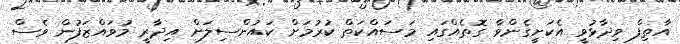
އާތިފް ވިދާޅުވީ އެކަށީގެންވާ ގޮތެއްގައި މަސައްކަތް ކުރުމަށް ކައުންސިލަށް އިދާރީ މުވައްޒަފުން ވެސް